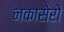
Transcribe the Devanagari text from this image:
नकासेरो